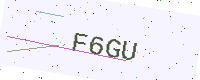
Text: F6GU